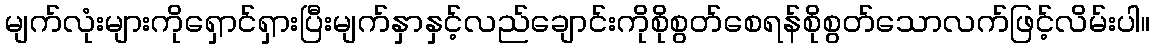
မျက်လုံးများကိုရှောင်ရှားပြီးမျက်နှာနှင့်လည်ချောင်းကိုစိုစွတ်စေရန်စိုစွတ်သောလက်ဖြင့်လိမ်းပါ။